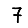
Digit: 7